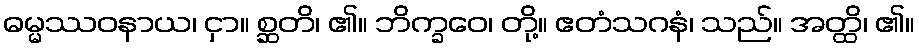
ဓမ္မဿဝနာယ၊ ငှာ။ စ္ဆတိ၊ ၏။ ဘိက္ခဝေ၊ တို့။ ဧတံသဂနံ၊ သည်။ အတ္ထိ၊ ၏။